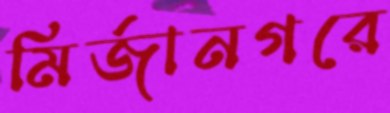
মির্জানগরে